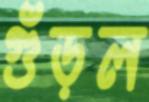
গুঁড়ল